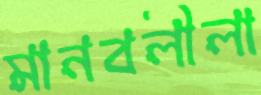
মানবলীলা